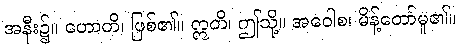
အနီး၌။ ဟောတိ၊ ဖြစ်၏။ ဣတိ၊ ဤသို့။ အဝေါစ၊ မိန့်တော်မူ၏။